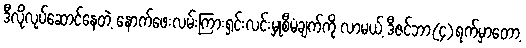
ဒီလိုလုပ်ဆောင်နေတဲ့ နောက်ဖေးလမ်းကြားရှင်းလင်းမှုစီမံချက်ကို လာမယ့် ဒီဇင်ဘာ(၄)ရက်မှာတော့